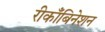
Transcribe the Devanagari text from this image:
रीकाँबिनेशन